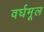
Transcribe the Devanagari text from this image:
वर्घमूल